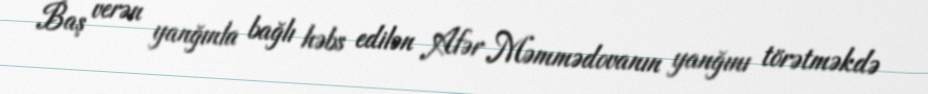
Baş verən yanğınla bağlı həbs edilən Afər Məmmədovanın yanğını törətməkdə